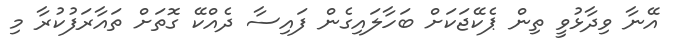
އޭނާ ވިދާޅުވީ ތިން ޕެކޭޖަކަށް ބަހާލައިގެން ފައިސާ ދެއްކޭ ގޮތަށް ތައާރަފުކުރާ މި